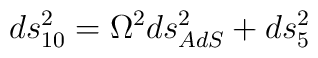
ds^2_{10}=\Omega^2 ds^2_{AdS} + ds^2_5